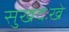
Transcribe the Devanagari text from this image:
सुखदःखे